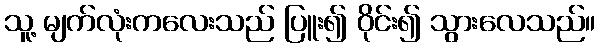
သူ့ မျက်လုံးကလေးသည် ပြူး၍ ဝိုင်း၍ သွားလေသည်။